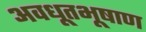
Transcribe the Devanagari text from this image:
अवधूतभूषाण